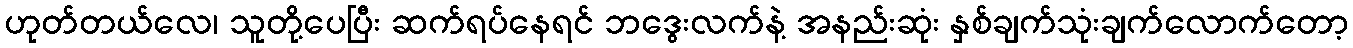
ဟုတ်တယ်လေ၊ သူတို့ပေပြီး ဆက်ရပ်နေရင် ဘဒွေးလက်နဲ့ အနည်းဆုံး နှစ်ချက်သုံးချက်လောက်တော့